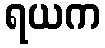
ရယက